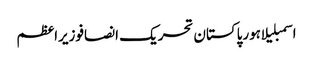
اسمبلیلاہورپاکستان تحریک انصافوزیراعظم